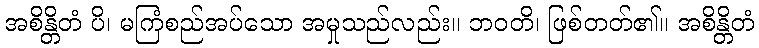
အစိန္တိတံ ပိ၊ မကြံစည်အပ်သော အမှုသည်လည်း။ ဘဝတိ၊ ဖြစ်တတ်၏။ အစိန္တိတံ